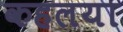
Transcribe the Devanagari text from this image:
कहलया